Vana-Vandra_vallavalitsus, lk 58
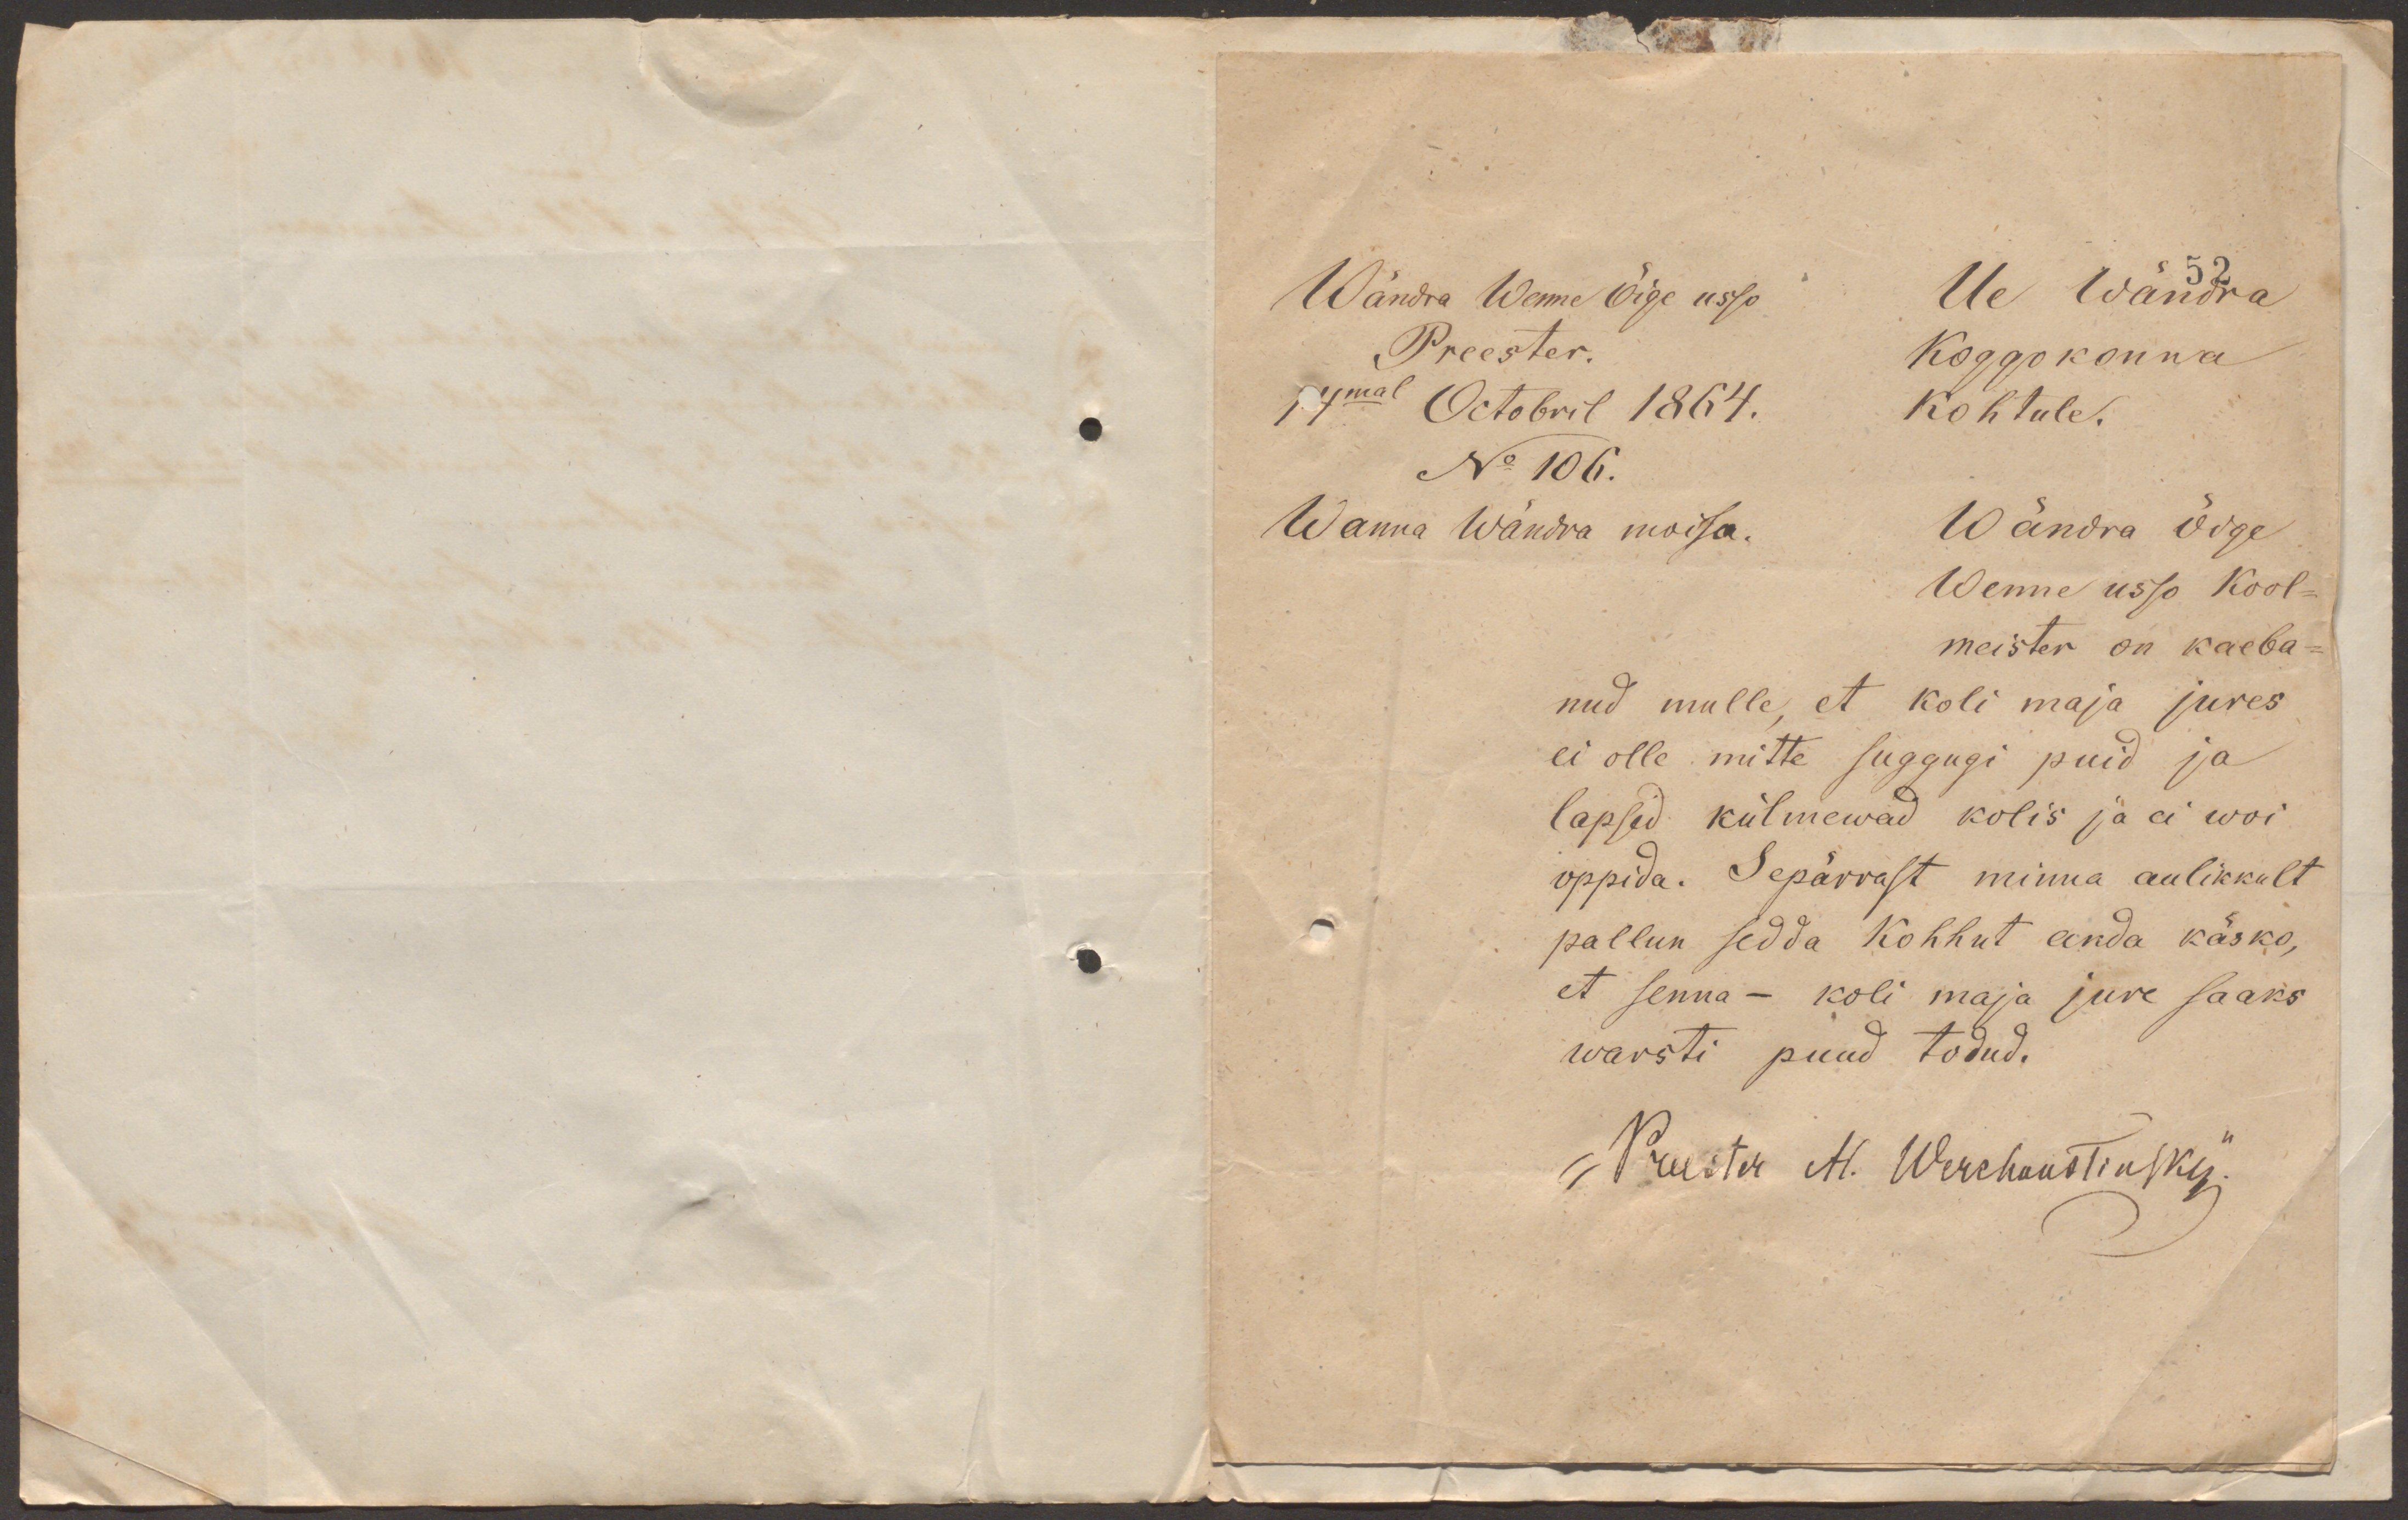
Wändra Wenne Õige usso
Ue Wändra
Preester.
Koggokonna
14mal Octobril 1864.
Kohtule.
No106.
Wanna Wändra moisa.
Wändra Õige
Wenne usso Kool-
meister on kaeba-
nud mulle, et koli maja jures
ei olle mitte suggugi puid ja
lapsid külmewad kolis ja ei woi
oppida. Sepärrast minna aulikkult
pallun sedda kohhut anda käsko,
et senna - koli maja jure saaks
warsti puud todud.
Preester Al. Werchoustinski.